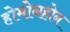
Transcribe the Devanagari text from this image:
होमोनहोन